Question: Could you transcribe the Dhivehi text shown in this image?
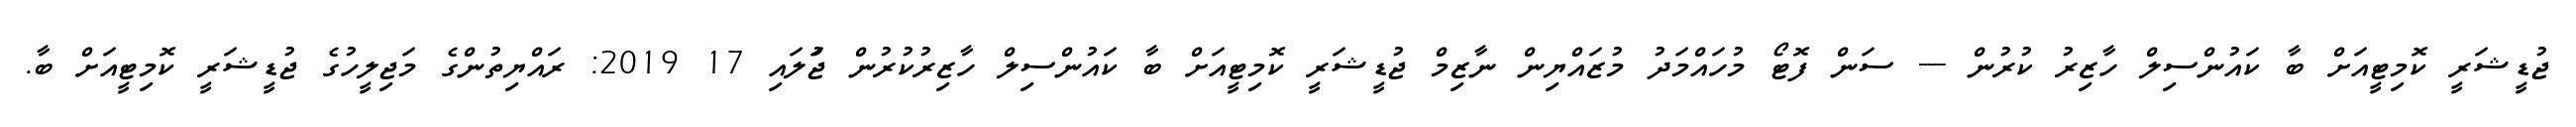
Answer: ޖުޑީޝަރީ ކޮމިޓީއަށް ބާ ކައުންސިލް ހާޒިރު ކުރުން --- ސަން ފޮޓޯ މުހައްމަދު މުޒައްޔިން ނާޒިމް ޖުޑީޝަރީ ކޮމިޓީއަށް ބާ ކައުންސިލް ހާޒިރުކުރުން ޖުަލައި 17 2019: ރައްޔިތުންގެ މަޖިލީހުގެ ޖުޑީޝަރީ ކޮމިޓީއަށް ބާ.